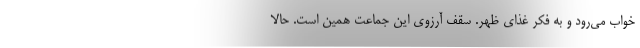
خواب می‌رود و به فکر غذای ظهر. سقف آرزوی این جماعت همین است. حالا